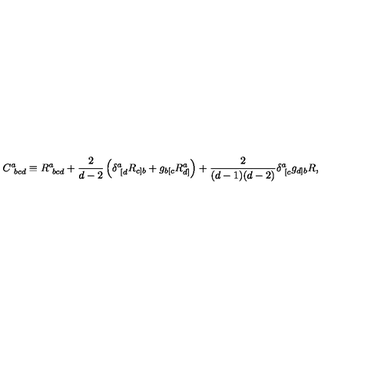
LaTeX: C _ { \ b c d } ^ { a } \equiv R _ { \ b c d } ^ { a } + { \frac { 2 } { d - 2 } } \left( \delta _ { \ [ d } ^ { a } R _ { c ] b } + g _ { b [ c } R _ { d ] } ^ { a } \right) + { \frac { 2 } { ( d - 1 ) ( d - 2 ) } } \delta _ { \ [ c } ^ { a } g _ { d ] b } R ,